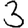
Digit: 3